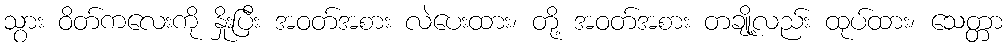
သွား ဝိတ်ကလေးကို နှိုးပြီး အဝတ်အစား လဲပေးထား၊ တို့ အဝတ်အစား တချို့လည်း ထုပ်ထား၊ သေတ္တာ